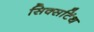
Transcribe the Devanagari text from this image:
सिक्सटिंथ